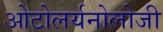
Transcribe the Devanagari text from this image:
ओटोलर्यनोलोजी